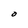
Character: O